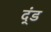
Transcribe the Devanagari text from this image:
द्ंड